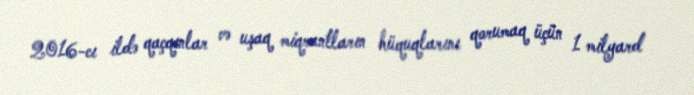
2016-cı ildə qaçqınlar və uşaq miqrantların hüquqlarını qorumaq üçün 1 milyard